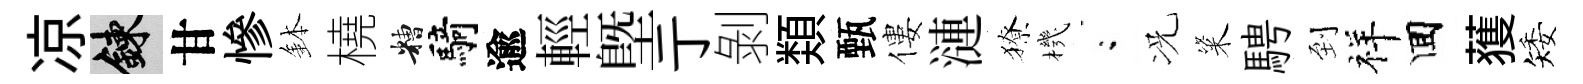
凉練甘慘鉢橈糟騎逾輕塈亍剝𩔖甄僂漣獠機閤况粢騁到祥囬𫉬矮